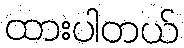
ထားပါတယ်